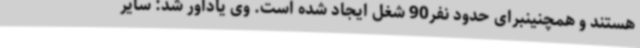
هستند و همچنینبرای حدود نفر90 شغل ایجاد شده است. وی یادآور شد: سایر